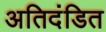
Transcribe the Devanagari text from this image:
अतिदंडित